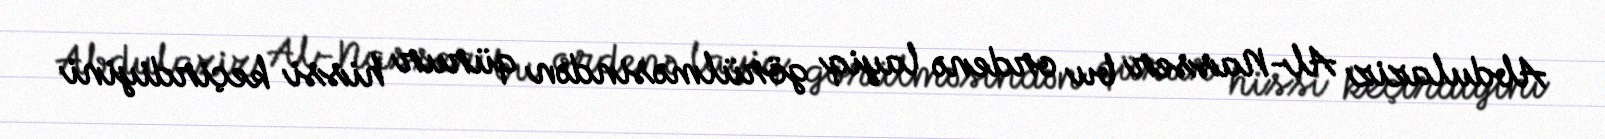
Abdulaziz Al-Nasser bu ordenə layiq görülməsindən qürur hissi keçirdiyini